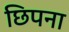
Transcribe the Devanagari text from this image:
छिपना